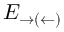
E _ { \rightarrow ( \leftarrow ) }